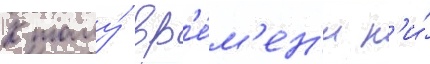
К тому́ вр'е́м'ен'и н'и́